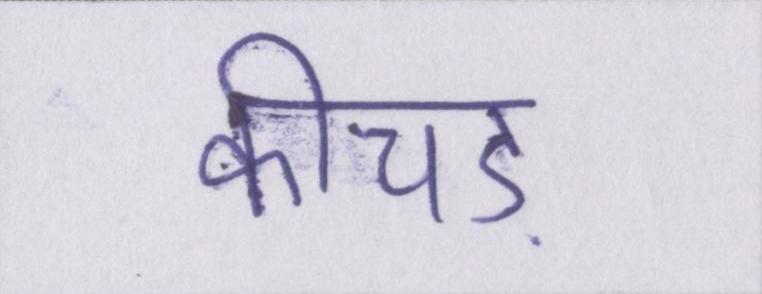
कीचड़